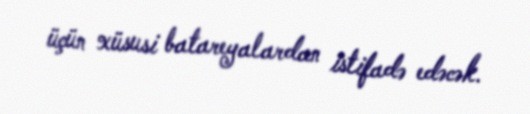
üçün xüsusi batareyalardan istifadə edəcək.